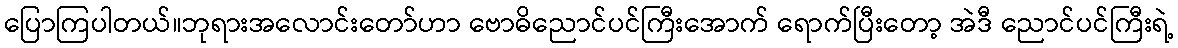
ပြောကြပါတယ်။ဘုရားအလောင်းတော်ဟာ ဗောဓိညောင်ပင်ကြီးအောက် ရောက်ပြီးတော့ အဲဒီ ညောင်ပင်ကြီးရဲ့